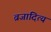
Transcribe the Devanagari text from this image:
व्रजादित्य